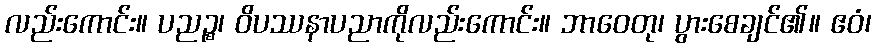
လည်းကောင်း။ ပညဉ္စ၊ ဝိပဿနာပညာကိုလည်းကောင်း။ ဘာဝေတု၊ ပွားစေချင်၏။ ဧဝံ၊